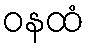
ဝနထံ